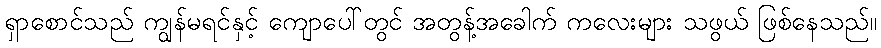
ရှာစောင်သည် ကျွန်မရင်နှင့် ကျောပေါ်တွင် အတွန့်အခေါက် ကလေးများ သဖွယ် ဖြစ်နေသည်။